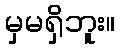
မှမရှိဘူး။